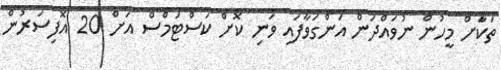
ތަކަާށް މީހުން ނުވައްދަން އަންގަވާފައި ވަނި ކޮށް ކަސްޓަމްސް އަށް 20 އޮފިސަރުން